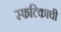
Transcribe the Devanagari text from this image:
स्फटिकाची